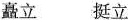
矗立 挺立